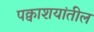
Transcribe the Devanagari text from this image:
पक्वाशयांतील